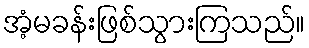
အံ့မခန်းဖြစ်သွားကြသည်။